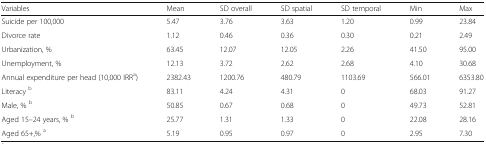
| Variables | Mean | SD overall | SD spatial | SD temporal | Min | Max |
 | --- | --- | --- | --- | --- | --- | --- |
 | Suicide per 100,000 | 5.47 | 3.76 | 3.63 | 1.20 | 0.99 | 23.84 |
 | Divorce rate | 1.12 | 0.46 | 0.36 | 0.30 | 0.21 | 2.49 |
 | Urbanization, % | 63.45 | 12.07 | 12.05 | 2.26 | 41.50 | 95.00 |
 | Unemployment, % | 12.13 | 3.72 | 2.62 | 2.68 | 4.10 | 30.68 |
 | Annual expenditure per head (10,000 IRRa) | 2382.43 | 1200.76 | 480.79 | 1103.69 | 566.01 | 6353.80 |
 | Literacy b | 83.11 | 4.24 | 4.31 | 0 | 68.03 | 91.27 |
 | Male, % b | 50.85 | 0.67 | 0.68 | 0 | 49.73 | 52.81 |
 | Aged 15–24 years, % b | 25.77 | 1.31 | 1.33 | 0 | 22.08 | 28.16 |
 | Aged 65+,% a | 5.19 | 0.95 | 0.97 | 0 | 2.95 | 7.30 |